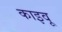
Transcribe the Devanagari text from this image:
काइवू